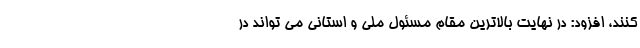
کنند، افزود: در نهایت بالاترین مقام مسئول ملی و استانی می تواند در